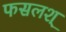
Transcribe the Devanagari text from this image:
फसलश्